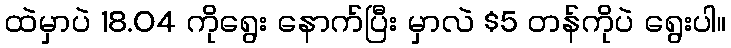
ထဲမှာပဲ 18.04 ကိုရွေး နောက်ပြီး မှာလဲ $5 တန်ကိုပဲ ရွေးပါ။